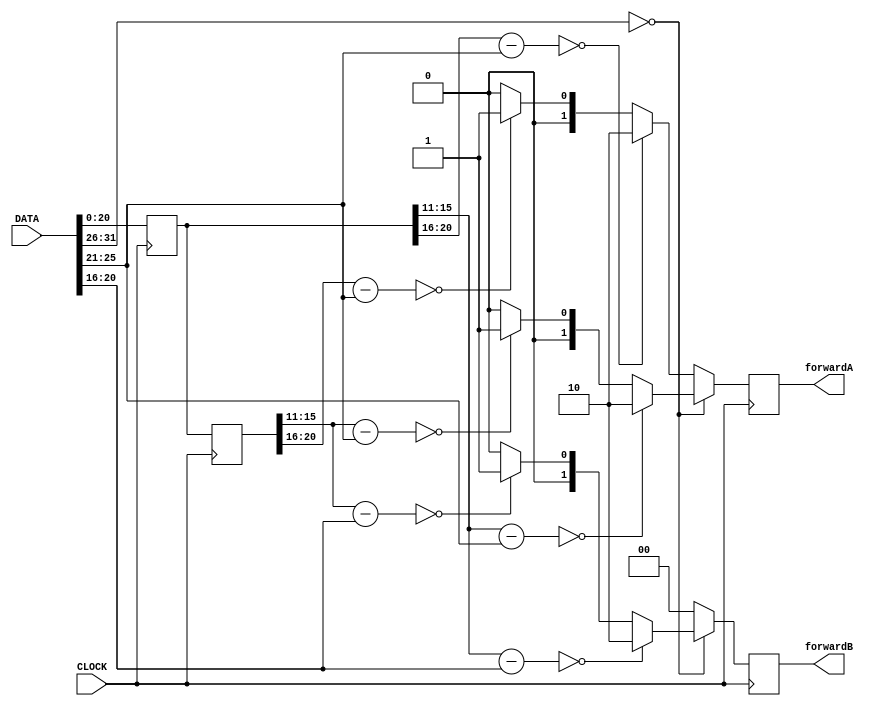
`timescale 100fs/100fs
module contrl_unit (
    input CLOCK,
    input [31:0] DATA,
    output [1:0] forwardA,
    output [1:0] forwardB
);
reg[5:0] op, func;
reg[4:0] numA, numB;
reg[31:0] instruction1, instruction2, instruction3;
reg[1:0] A,B;

always @ (posedge CLOCK) begin
op = DATA[31:26];
func = DATA[5:0];
A = 2'b00;
B = 2'b00;
instruction1 = instruction2;
instruction2 = instruction3;
instruction3 = DATA;
case (op)
    6'b000000: begin //Rtype
        numA = instruction1[15:11] - instruction3[25:21];
        numB = instruction1[15:11] - instruction3[20:16];
        if (numA == 5'b00000) begin
            A = 2'b01;
        end
        if (numB == 5'b00000) begin
            B = 2'b01;
        end
        numA = instruction2[15:11] - instruction3[25:21];
        numB = instruction2[15:11] - instruction3[20:16];
        if (numA == 5'b00000) begin
            A = 2'b10;
        end
        if (numB == 5'b00000) begin
            B = 2'b10;
        end    
    end
    default: begin  //Itype
        numA = instruction1[20:16] - instruction3[25:21];
        if (numA == 5'b00000) begin
            A = 2'b01;
        end
        numA = instruction2[20:16] - instruction3[25:21];
        if (numA == 5'b00000) begin
            A = 2'b10;
        end
    end 
endcase
end
assign forwardA = A[1:0];
assign forwardB = B[1:0];
    
endmodule